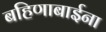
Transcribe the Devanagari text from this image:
बहिणाबाईना